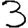
Digit: 3